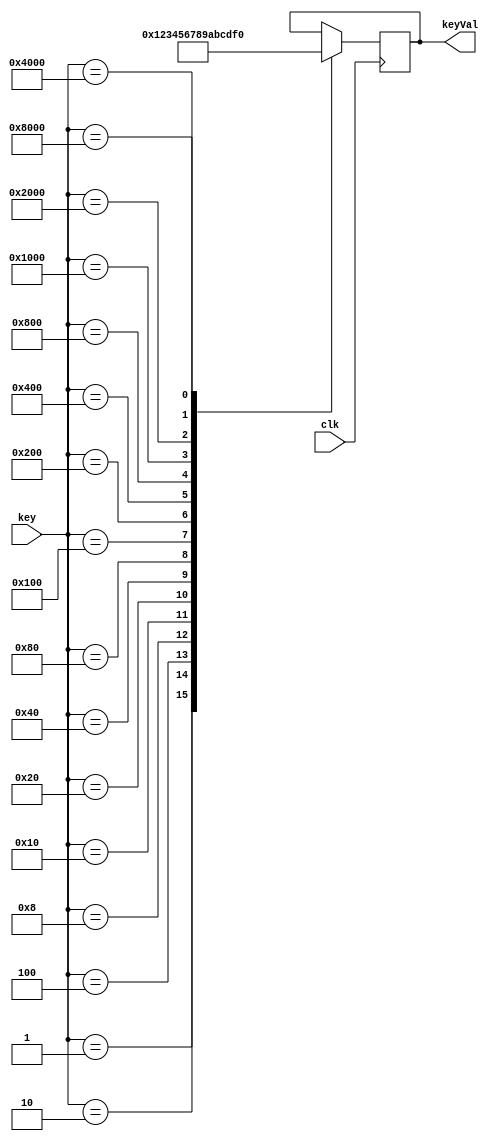
module saz(clk, key, keyVal);
	input					clk;
	input[15:0]			key;
	output[3:0]			keyVal;
	
	
	reg[3:0] 			keyVal;
	
	
	always @(posedge clk)
	begin
		case(key)
		16'b0000000000000001: keyVal = 4'b0000;
		16'b0000000000000010: keyVal = 4'b0001;
		16'b0000000000000100: keyVal = 4'b0010;
		16'b0000000000001000: keyVal = 4'b0011;
		16'b0000000000010000: keyVal = 4'b0100;
		16'b0000000000100000: keyVal = 4'b0101;
		16'b0000000001000000: keyVal = 4'b0110;
		16'b0000000010000000: keyVal = 4'b0111;
		16'b0000000100000000: keyVal = 4'b1000;
		16'b0000001000000000: keyVal = 4'b1001;
		16'b0000010000000000: keyVal = 4'b1010;
		16'b0000100000000000: keyVal = 4'b1011;
		16'b0001000000000000: keyVal = 4'b1100;
		16'b0010000000000000: keyVal = 4'b1101;
		16'b0100000000000000: keyVal = 4'b1110;
		16'b1000000000000000: keyVal = 4'b1111;
		default:;
		endcase
	end
endmodule